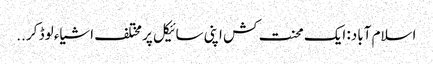
اسلام آباد: ایک محنت کش اپنی سائیکل پر مختلف اشیاء لوڈ کر ..